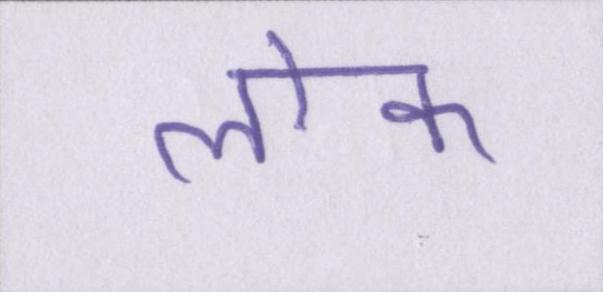
लॊक